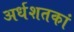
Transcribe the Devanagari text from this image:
अर्धशतकां